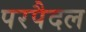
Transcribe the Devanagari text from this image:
परपैदल